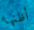
أظنها